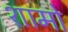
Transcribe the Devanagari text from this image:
शामो